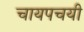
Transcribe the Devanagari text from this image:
चायपचयी